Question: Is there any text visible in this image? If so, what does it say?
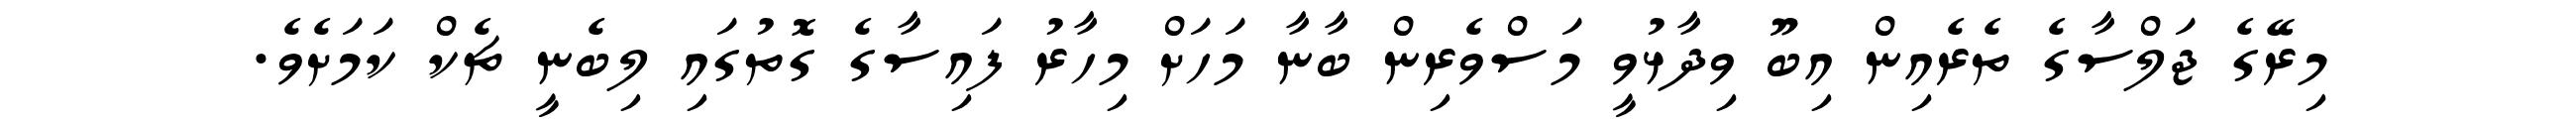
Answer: މިރޭގެ ޖަލްސާގެ ތެރެއިން އިބޫ ވިދާޅުވީ މަސްވެރިން ބާނާ މަހަށް މިހާރު ފައިސާގެ ގޮތުގައި ލިބެނީ ޗެކް ކަމަށެވެ.